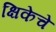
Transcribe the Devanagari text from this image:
क्षिकेचे